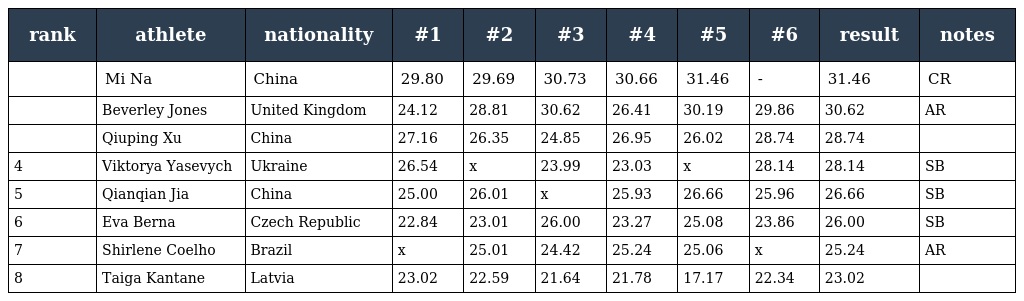
| rank | athlete | nationality | #1 | #2 | #3 | #4 | #5 | #6 | result | notes |
 | --- | --- | --- | --- | --- | --- | --- | --- | --- | --- | --- |
 |  | Mi Na | China | 29.80 | 29.69 | 30.73 | 30.66 | 31.46 | - | 31.46 | CR |
 |  | Beverley Jones | United Kingdom | 24.12 | 28.81 | 30.62 | 26.41 | 30.19 | 29.86 | 30.62 | AR |
 |  | Qiuping Xu | China | 27.16 | 26.35 | 24.85 | 26.95 | 26.02 | 28.74 | 28.74 |  |
 | 4 | Viktorya Yasevych | Ukraine | 26.54 | x | 23.99 | 23.03 | x | 28.14 | 28.14 | SB |
 | 5 | Qianqian Jia | China | 25.00 | 26.01 | x | 25.93 | 26.66 | 25.96 | 26.66 | SB |
 | 6 | Eva Berna | Czech Republic | 22.84 | 23.01 | 26.00 | 23.27 | 25.08 | 23.86 | 26.00 | SB |
 | 7 | Shirlene Coelho | Brazil | x | 25.01 | 24.42 | 25.24 | 25.06 | x | 25.24 | AR |
 | 8 | Taiga Kantane | Latvia | 23.02 | 22.59 | 21.64 | 21.78 | 17.17 | 22.34 | 23.02 |  |